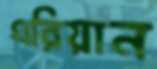
এরিয়ান